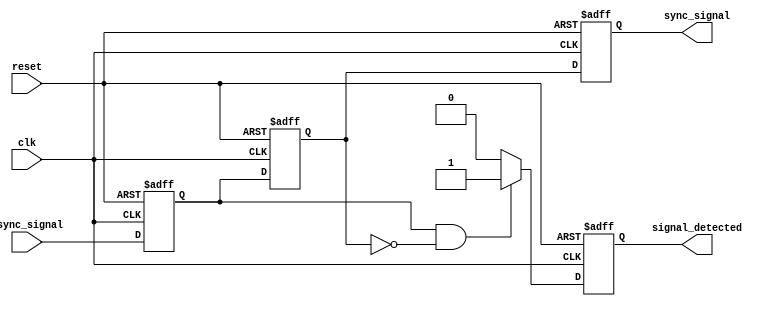
module async_to_sync_converter (
    input wire async_signal,       // Asynchronous input signal from memory blocks
    input wire clk,               // Synchronous clock signal
    input wire reset,             // Reset signal
    output reg sync_signal,       // Synchronized output signal
    output reg signal_detected    // Signal detection output
);

    // Internal signals for dual flip-flop synchronizer
    reg ff1, ff2;

    // Dual flip-flop synchronizer
    always @(posedge clk or posedge reset) begin
        if (reset) begin
            ff1 <= 1'b0;
            ff2 <= 1'b0;
        end else begin
            ff1 <= async_signal;  // First stage of synchronization
            ff2 <= ff1;           // Second stage of synchronization
        end
    end

    // Output sync_signal is the second flip-flop output
    always @(posedge clk or posedge reset) begin
        if (reset) begin
            sync_signal <= 1'b0;
        end else begin
            sync_signal <= ff2;   // Synchronized output
        end
    end

    // Signal detection logic
    always @(posedge clk or posedge reset) begin
        if (reset) begin
            signal_detected <= 1'b0;
        end else begin
            // Edge detection: detect rising edge of the asynchronous input
            if (ff1 && !ff2) begin
                signal_detected <= 1'b1; // Rising edge detected
            end else begin
                signal_detected <= 1'b0; // No edge detected
            end
        end
    end

endmodule